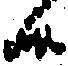
候